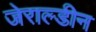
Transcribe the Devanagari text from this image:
जेराल्डीन